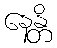
နေန္တိ